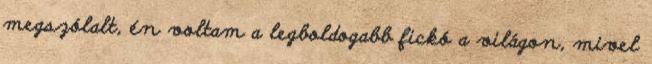
megszólalt, én voltam a legboldogabb fickó a világon, mivel